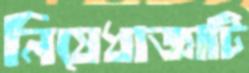
নিষেধাজ্ঞাটি